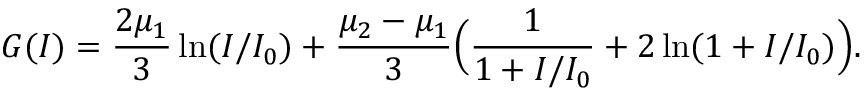
G ( I ) = \frac { 2 \mu _ { 1 } } { 3 } \ln ( I / I _ { 0 } ) + \frac { \mu _ { 2 } - \mu _ { 1 } } { 3 } \Big ( \frac { 1 } { 1 + I / I _ { 0 } } + 2 \ln ( 1 + I / I _ { 0 } ) \Big ) .